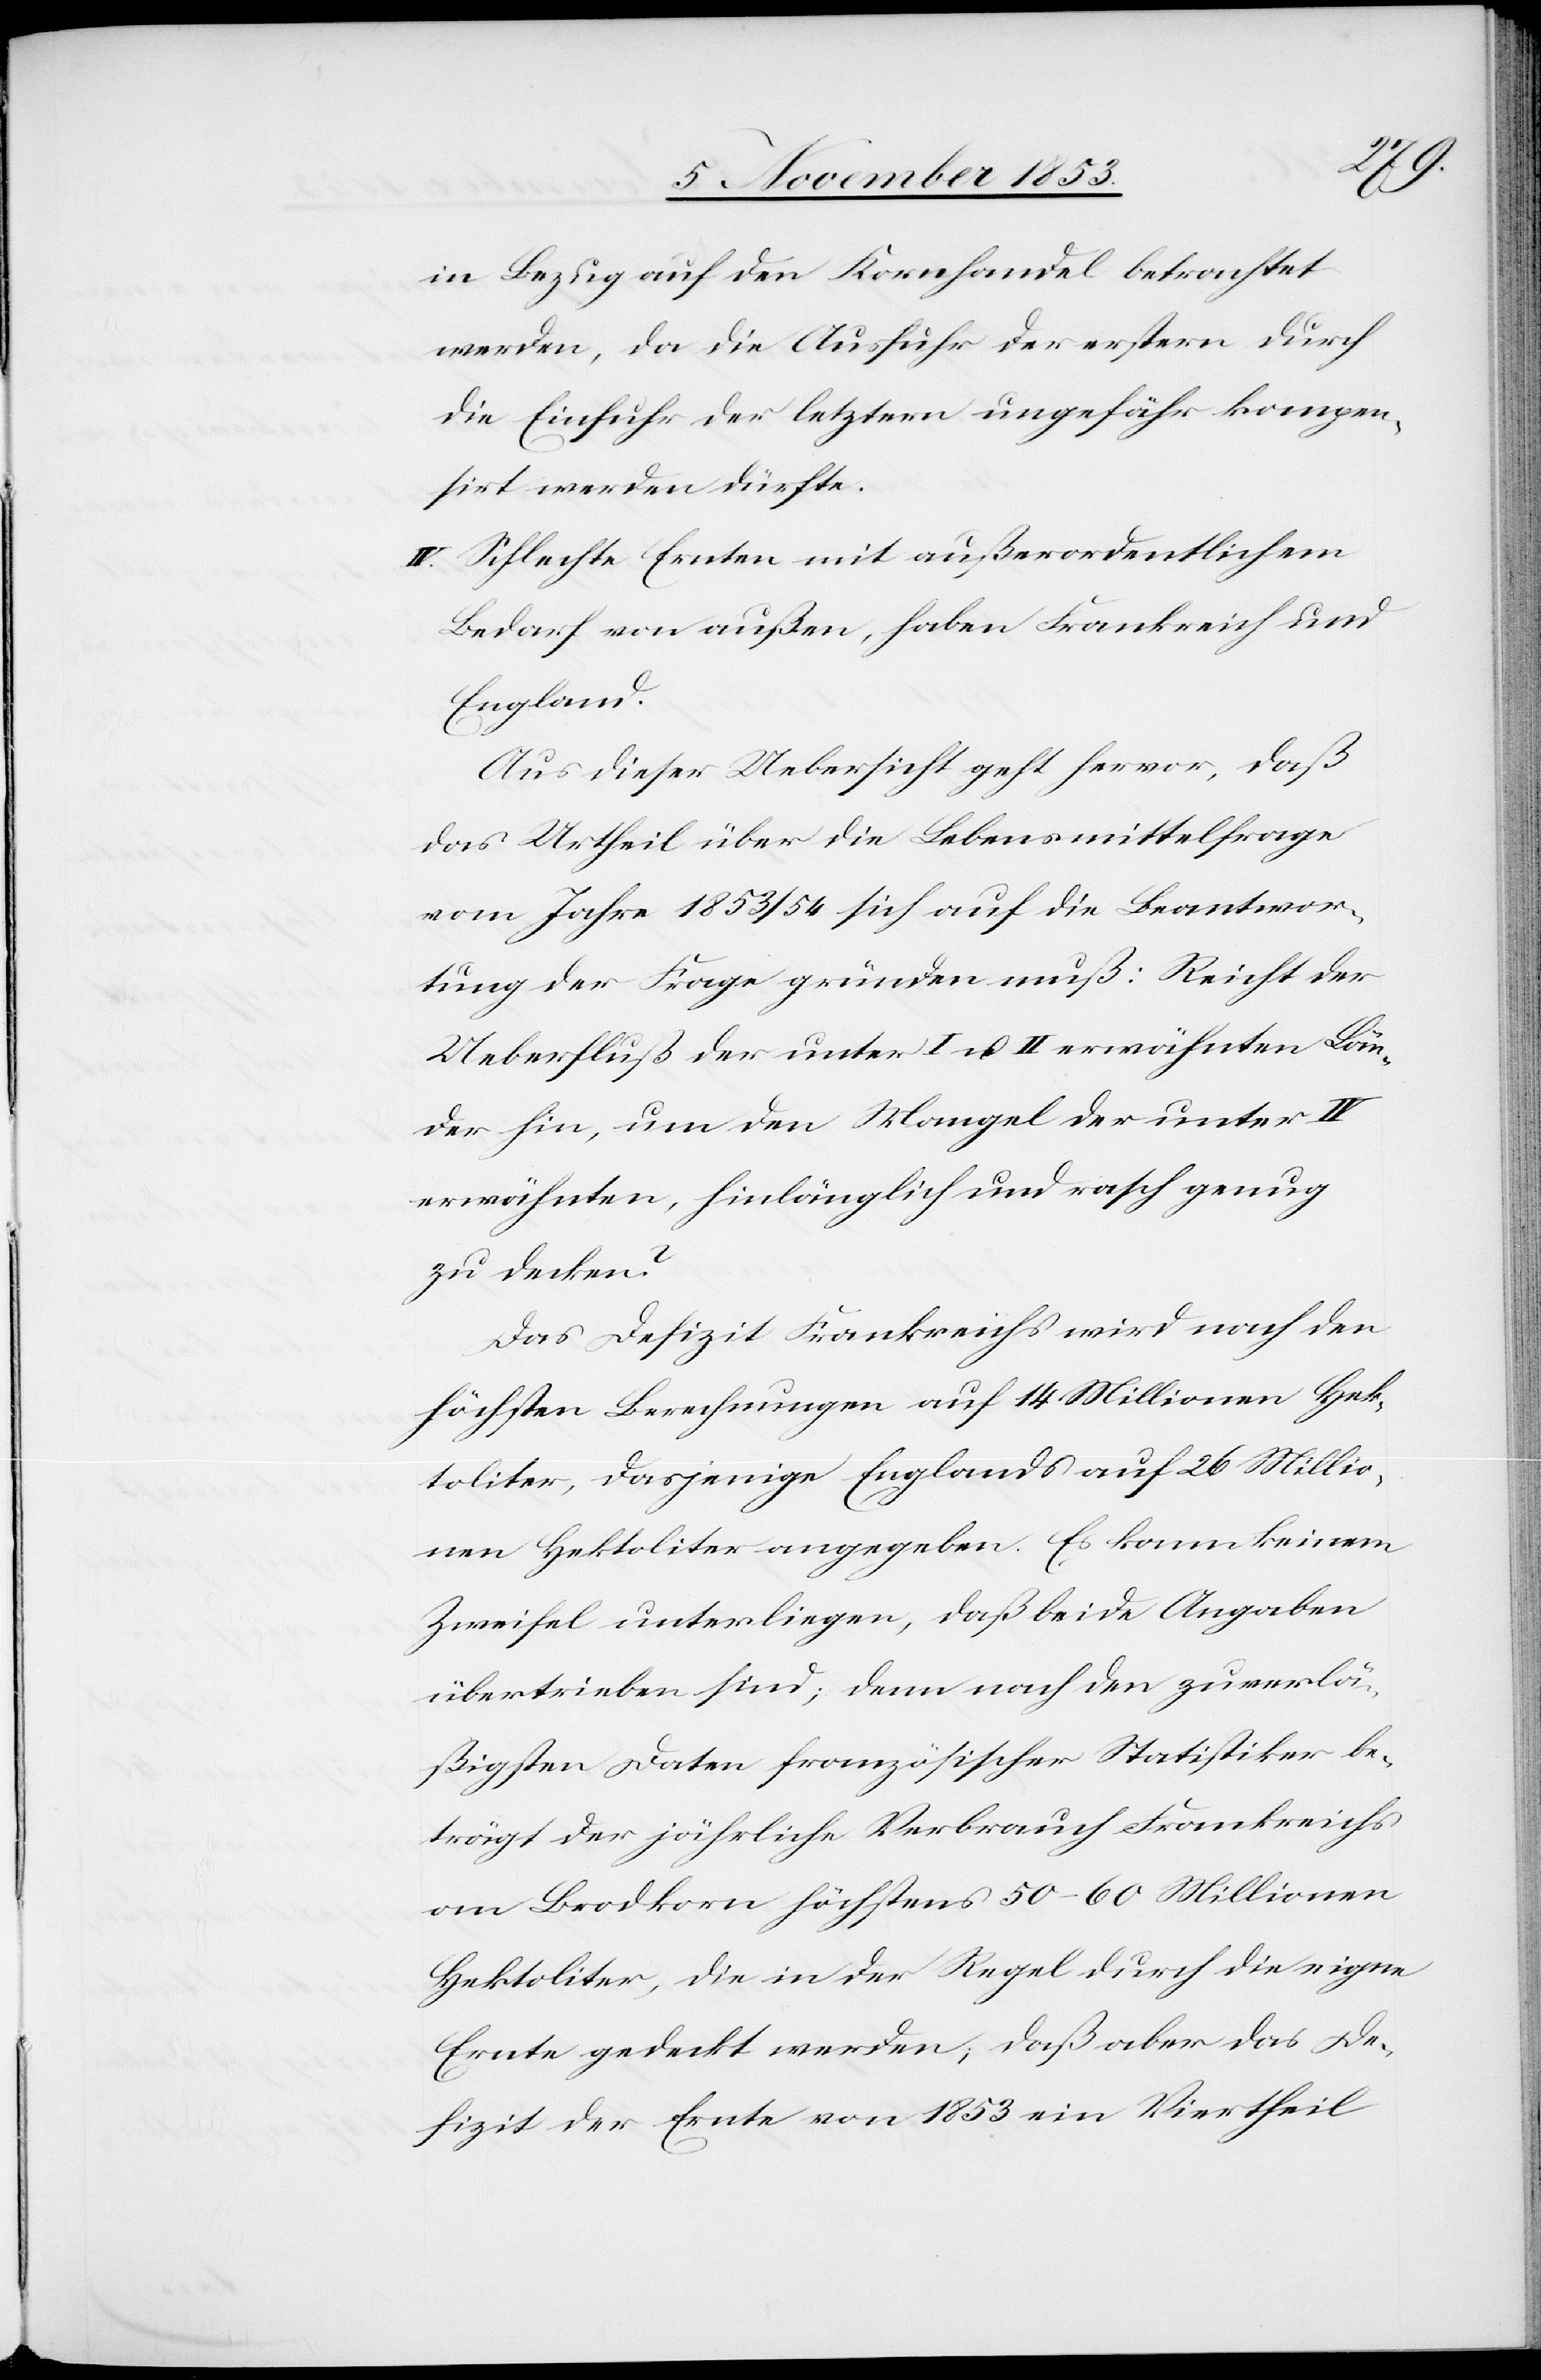
in Bezug auf den Kornhandel betrachtet
werden, da die Ausfuhr der erstern durch
die Einfuhr der letztern ungefähr kompen¬
sirt werden dürfte.
IV. Schlechte Ernten mit außerordentlichem
Bedarf von außen, haben Frankreich und
England.
Aus dieser Uebersicht geht hervor, daß
das Urtheil über die Lebensmittelfrage
vom Jahre 1853/54 sich auf die Beantwor¬
tung der Frage gründen muß: Reicht der
Ueberfluß der unter I u. II erwähnten Län¬
der hin, um den Mangel der unter IV.
erwähnten, hinlänglich und rasch genug
zu decken?
Das Defizit Frankreichs wird nach den
höchsten Berechnungen auf 14 Millionen Hek¬
toliter, dasjenige Englands auf 26 Millio¬
nen Hektoliter angegeben. Es kann keinem
Zweifel unterliegen, daß beide Angaben
übertrieben sind; denn nach den zuverlä¬
ßigsten Daten französischer Statistiken be¬
trägt der jährliche Verbrauch Frankreichs
von Brodkorn höchstens 50–60 Millionen
Hektoliter, die in der Regel durch die eigene
Ernte gedeckt werden; daß aber das De¬
fizit der Ernte von 1853 ein Viertheil